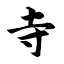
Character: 寺